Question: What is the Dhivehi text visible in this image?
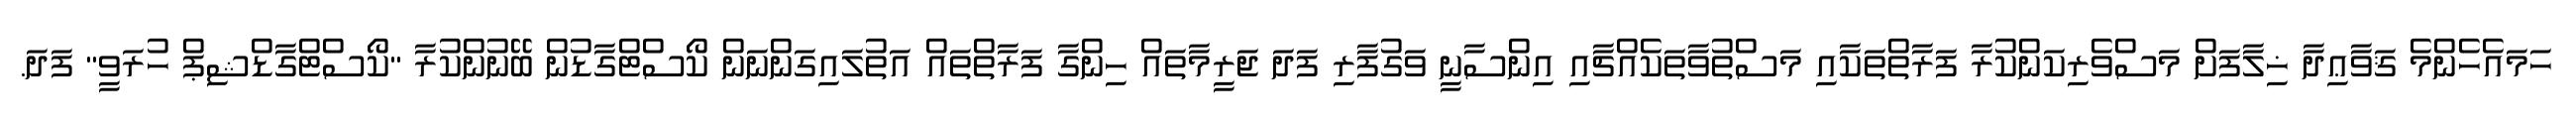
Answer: ހަމައެހެންމެ ޤަވާޢިދާ ޚިލާފަށް މަސްވެރިކަންކުރާ ފަރާތްތަކާއި މަސްތުވާތަކެއްޗާއި އިންސާނީ ވަގުފާރި ފަދަ ޖަރީމާތައް ހިންގާ ފަރާތްތައް އަތުލައިގަންނަން ކޯސްޓްގާޑުން ބޭނުންކުރާ "ކޯސްޓްގާޑްޝިޕް ހުރަވީ" ފަދަ.